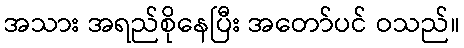
အသား အရည်စိုနေပြီး အတော်ပင် ဝသည်။